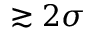
\gtrsim 2 \sigma